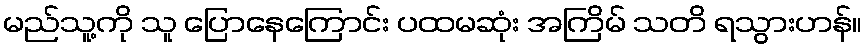
မည်သူ့ကို သူ ပြောနေကြောင်း ပထမဆုံး အကြိမ် သတိ ရသွားဟန်။